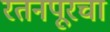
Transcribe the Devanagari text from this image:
रतनपूरचा